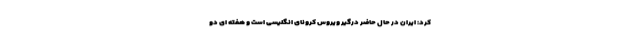
کرد: ایران در حال حاضر درگیر ویروس کرونای انگلیسی است و هفته ای دو